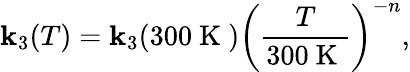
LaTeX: \mathbf{k}_{3}(T)=\mathbf{k}_{3}(300\mathrm{{~K~}})\left(\frac{{T}}{{300\mathrm{{~K~}}}}\right)^{-n},